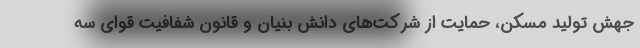
جهش تولید مسکن، حمایت از شرکت‌های دانش بنیان و قانون شفافیت قوای سه